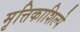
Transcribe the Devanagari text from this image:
मृत्तिकाशिल्पे